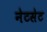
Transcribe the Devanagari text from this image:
नेटसेट